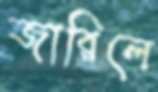
জারিলে